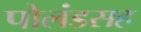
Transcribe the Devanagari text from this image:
पोलंडसह